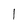
Character: l